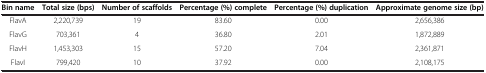
<table><thead><tr><td><b>Bin name</b></td><td><b>Total size (bps)</b></td><td><b>Number of scaffolds</b></td><td><b>Percentage (%) complete</b></td><td><b>Percentage (%) duplication</b></td><td><b>Approximate genome size (bp)</b></td></tr></thead><tbody><tr><td>FlavA</td><td>2,220,739</td><td>19</td><td>83.60</td><td>0.00</td><td>2,656,386</td></tr><tr><td>FlavG</td><td>703,361</td><td>4</td><td>36.80</td><td>2.01</td><td>1,872,889</td></tr><tr><td>FlavH</td><td>1,453,303</td><td>15</td><td>57.20</td><td>7.04</td><td>2,361,871</td></tr><tr><td>FlavI</td><td>799,420</td><td>10</td><td>37.92</td><td>0.00</td><td>2,108,175</td></tr></tbody></table>